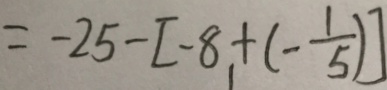
= - 2 5 - [ - 8 + ( - \frac { 1 } { 5 } ) ]